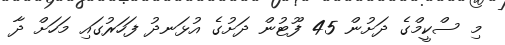
މި ސްކީމްގެ ދަށުން 45 ފޫޓުން ދަށުގެ އުޅަނދު ފަހަރުގައި މަހަށް ދާ